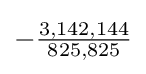
-{\tfrac {3,142,144}{825,825}}